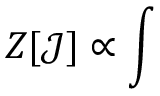
Z [ \mathcal { J } ] \propto \int